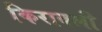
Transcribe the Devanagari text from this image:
किराबली